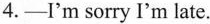
4.-I'm sorry I'm late.